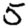
Digit: 5